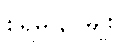
စရိမ ၃-မျိုး။